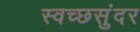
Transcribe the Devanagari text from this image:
स्वच्छसुंदर